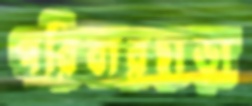
পরিবারছাড়া